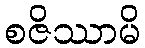
စဇိဿာမိ